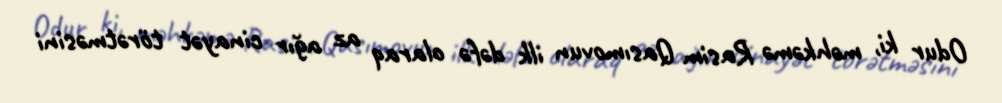
Odur ki, məhkəmə Rasim Qasımovun ilk dəfə olaraq az ağır cinayət törətməsini